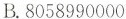
B. 8058990000